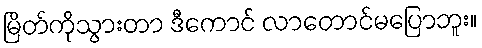
မြိတ်ကိုသွားတာ ဒီကောင် လာတောင်မပြောဘူး။